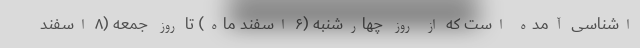
اشناسی آمده است که از روز چهارشنبه (۶ اسفند ماه) تا روز جمعه (۸ اسفند